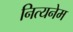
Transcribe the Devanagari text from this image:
नित्यनेम